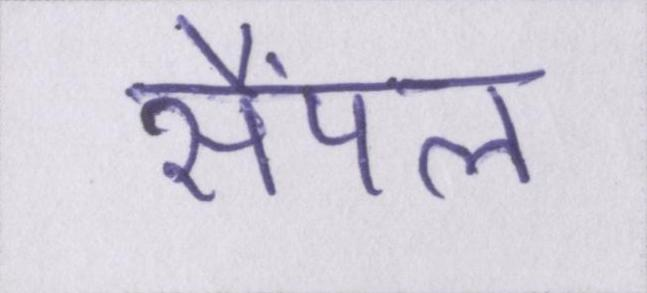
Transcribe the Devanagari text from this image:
सैंपल